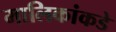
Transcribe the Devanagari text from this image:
मालिकांकडे